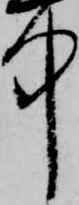
中